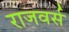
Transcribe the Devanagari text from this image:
राजवर्स